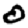
Digit: 0